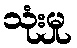
သုံးမှု